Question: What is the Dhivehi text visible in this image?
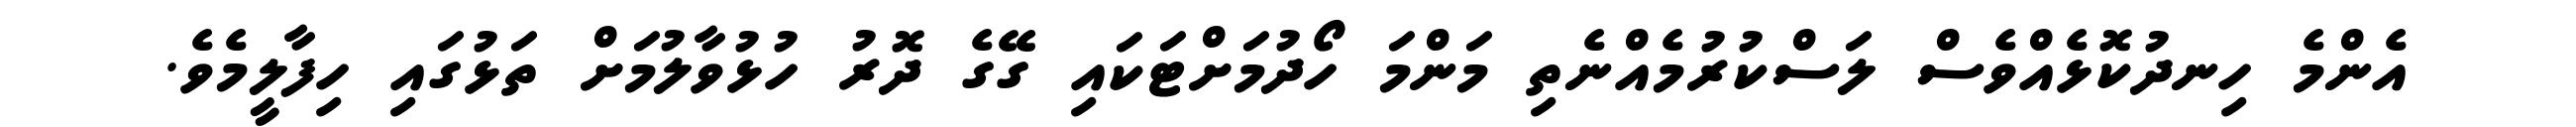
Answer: އެންމެ ހިނދުކޮޅެއްވެސް ލަސްކުރުމެއްނެތި މަންމަ ހޯދުމަށްޓަކައި ގޭގެ ދޮރު ހުޅުވާލުމަށް ތަޅުގައި ހިފާލީމެވެ.